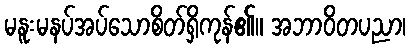
မနူးမနပ်အပ်သောစိတ်ရှိကုန်၏။ အဘာဝိတပညာ၊